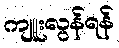
ကျူးလွန်ရန်